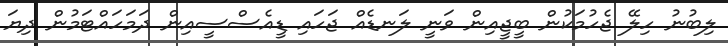
ލިބުނު ހިލޭ ޖެހުމަކުން ބީޖީއިން ވަނީ ލަނޑެއް ޖަހައި ޑީއެސްސީއިން ދަމަހައްޓަމުން ދިޔަ